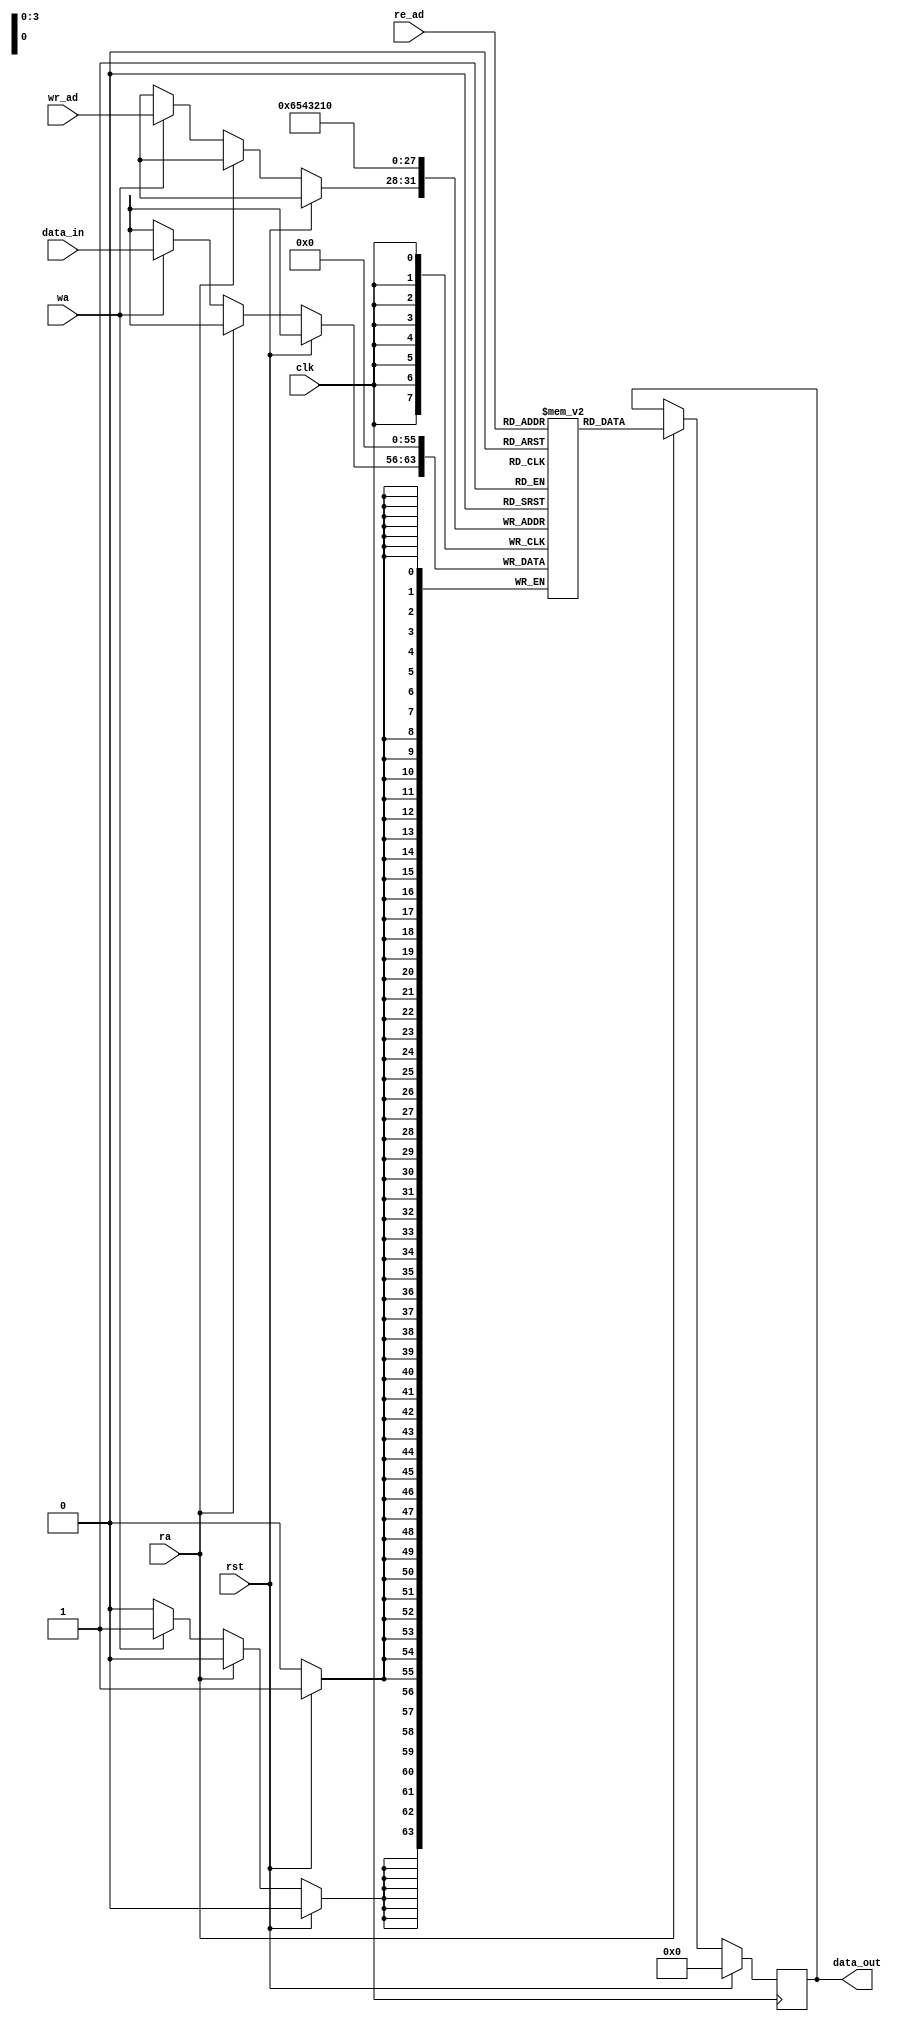
module dualport16_8ram(clk,rst,ra,wa,data_in,re_ad,wr_ad,data_out);

parameter width = 8;
parameter depth =16;
parameter add_bus=4;
integer i;

input clk,rst,ra,wa;
input [width-1:0] data_in;
input [add_bus-1:0] re_ad,wr_ad;
output reg [width-1:0]data_out;



reg [width-1:0] mem [depth-1:0];

always@(posedge clk)
begin
//making all location 0 if rst
if(rst)
begin
data_out<=0;
for(i=0;i<width-1;i=i+1)
begin 
mem[i]<=0;
end
end

//read

else if(ra)
data_out <= mem[re_ad];

//write

else if(wa)
mem[wr_ad]<=data_in;
end
endmodule